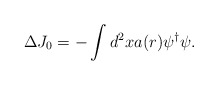
\begin{align*}\Delta J_0 = -\int d^2x a(r) \psi^\dagger\psi .\end{align*}